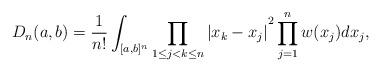
LaTeX: \begin{align*}D_n(a,b)=\frac{1}{n!}\int_{[a,b]^{n}}{\prod\limits_{1\leq j<k\leq n}|x_{k}-x_{j}|}^{2}\prod\limits^{n}_{j=1}w(x_j)dx_{j},\end{align*}